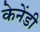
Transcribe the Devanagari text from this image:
केनेंडी